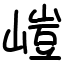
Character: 嵦